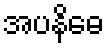
အပနိဓေ